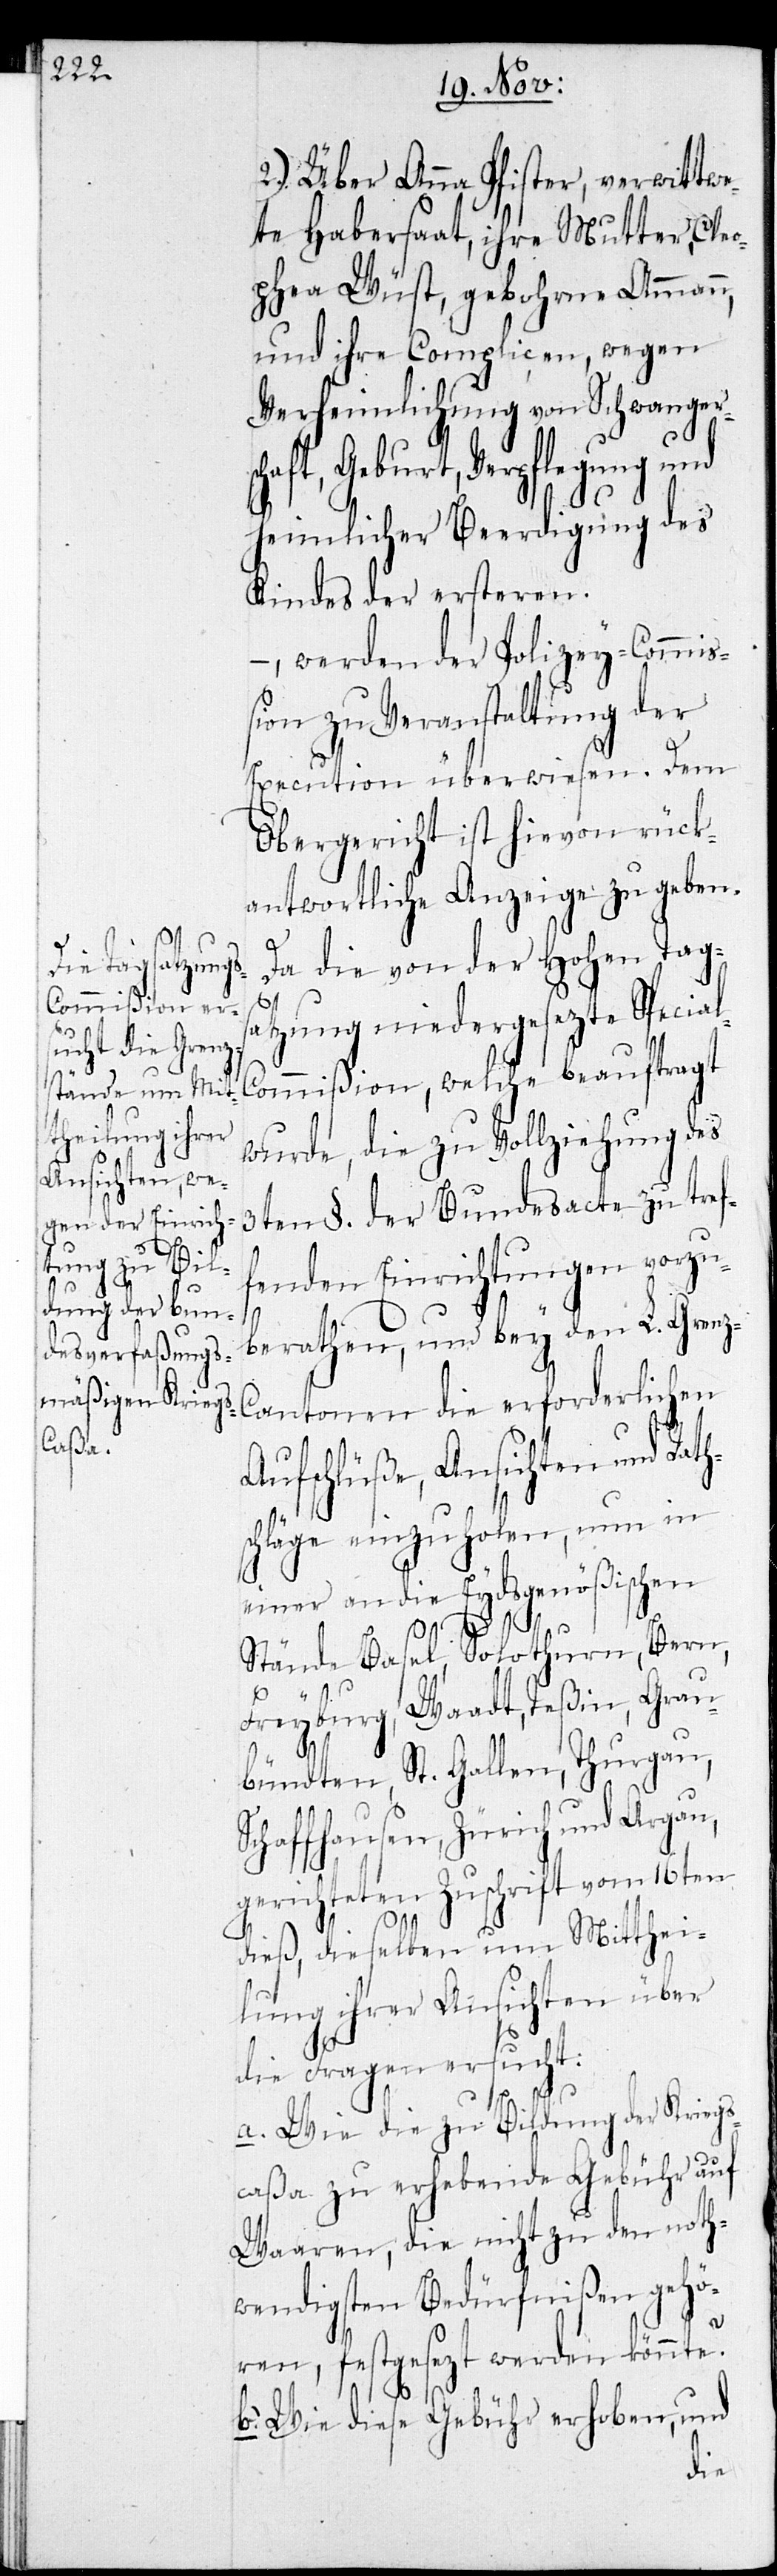
2.) Über Anna Pfister, verwittwe¬
te Habersaat, ihre Mutter, Cle¬
ophea Wüst, gebohrne Ammann,
und ihre Complicen, wegen
Verheimlichung von Schwanger¬
schaft, Geburt, Verpflegung und
heimlicher Beerdigung des
Kindes der ersteren.
- , werden der Polizey-Commi¬
ßion zu Veranstaltung der
Execution überwiesen. Dem
Obergericht ist hievon rück¬
antwortliche Anzeige zu geben.
Da die von der Hohen Tags¬
atzung niedergesezte Special-C¬
ommißion, welche beauftragt
wurde, die zu Vollziehung des
3ten §. der Bundesacte zu tref¬
fenden Einrichtungen vorzu¬
berathen, und bey den L. Gren¬
z-Cantonen die erforderlichen
Aufschlüße, Ansichten und Raths¬
chläge einzuholen, nun in
einer an die Eydsgenößischen
Stände Basel, Solothurn, Bern,
Freyburg, Waadt, Teßin, Grau¬
bündten, St. Gallen, Thurgau,
Schaffhausen, Zürich und Aargau,
gerichteten Zuschrift vom 16ten
dieß, dieselben um Mitthei¬
lung ihrer Ansichten über
die Fragen ersucht:
a. Wie die zu Bildung der Kriegs¬
caßa zu erhebende Gebühr auf
Waaren, die nicht zu den noth¬
wendigsten Bedürfnißen gehö¬
ren, festgesezt werden könnte?
b. Wie diese Gebühr erhoben, und